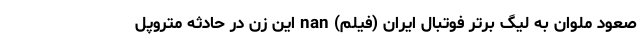
صعود ملوان به لیگ برتر فوتبال ایران (فیلم) nan این زن در حادثه متروپل